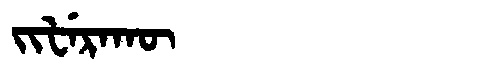
Manchu: ᠵᡳᡶᡝᡵᠠᡴᡡ
Romanization: JIFERAKŪ